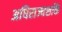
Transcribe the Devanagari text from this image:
अधिराज्यशक्ति